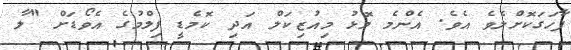
ފާހަގަކޮށްލެވެ އެވެ. އެންމެ މޮޅު މިއުޒިކަލް އަދި ކޮމެޑީ ފިލްމުގެ އެވޯޑަށް "ލާ